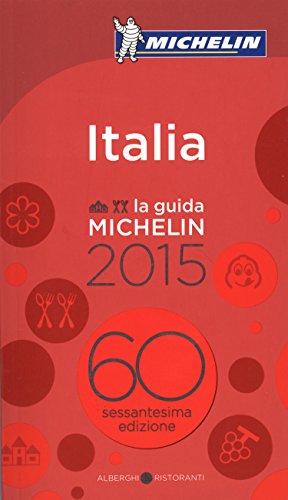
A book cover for MICHELIN Guide Italia 2015 (Michelin Guide/Michelin) (Italian Edition); Michelin; Travel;